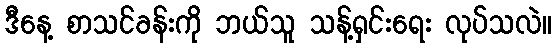
ဒီနေ့ စာသင်ခန်းကို ဘယ်သူ သန့်ရှင်းရေး လုပ်သလဲ။